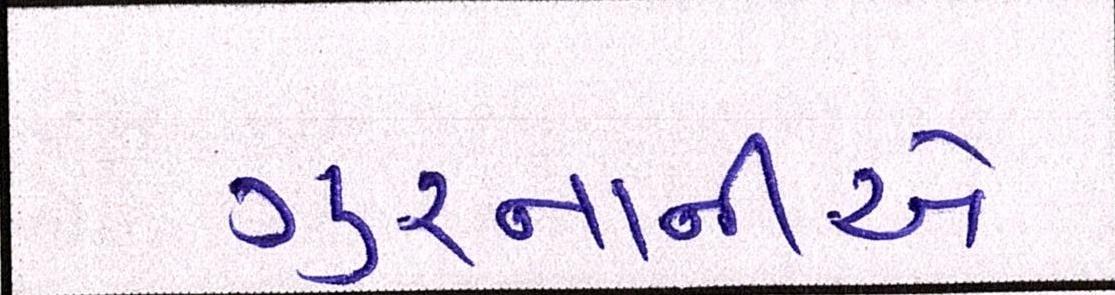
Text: ગુરનાનીએ